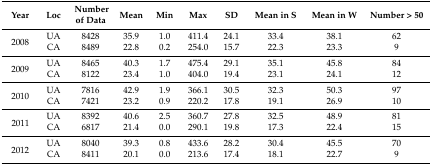
<table><thead><tr><td><b>Year</b></td><td><b>Loc</b></td><td><b>Number of Data</b></td><td><b>Mean</b></td><td><b>Min</b></td><td><b>Max</b></td><td><b>SD</b></td><td><b>Mean in S</b></td><td><b>Mean in W</b></td><td><b>Number &gt; 50</b></td></tr></thead><tbody><tr><td rowspan="2">2008</td><td>UA</td><td>8428</td><td>35.9</td><td>1.0</td><td>411.4</td><td>24.1</td><td>33.4</td><td>38.1</td><td>62</td></tr><tr><td>CA</td><td>8489</td><td>22.8</td><td>0.2</td><td>254.0</td><td>15.7</td><td>22.3</td><td>23.3</td><td>9</td></tr><tr><td rowspan="2">2009</td><td>UA</td><td>8465</td><td>40.3</td><td>1.7</td><td>475.4</td><td>29.1</td><td>35.1</td><td>45.8</td><td>84</td></tr><tr><td>CA</td><td>8122</td><td>23.4</td><td>1.0</td><td>404.0</td><td>19.4</td><td>23.1</td><td>24.1</td><td>12</td></tr><tr><td rowspan="2">2010</td><td>UA</td><td>7816</td><td>42.9</td><td>1.9</td><td>366.1</td><td>30.5</td><td>32.3</td><td>50.3</td><td>97</td></tr><tr><td>CA</td><td>7421</td><td>23.2</td><td>0.9</td><td>220.2</td><td>17.8</td><td>19.1</td><td>26.9</td><td>10</td></tr><tr><td rowspan="2">2011</td><td>UA</td><td>8392</td><td>40.6</td><td>2.5</td><td>360.7</td><td>27.8</td><td>32.5</td><td>48.9</td><td>81</td></tr><tr><td>CA</td><td>6817</td><td>21.4</td><td>0.0</td><td>290.1</td><td>19.8</td><td>17.3</td><td>22.4</td><td>15</td></tr><tr><td rowspan="2">2012</td><td>UA</td><td>8040</td><td>39.3</td><td>0.8</td><td>433.6</td><td>28.2</td><td>30.4</td><td>45.5</td><td>70</td></tr><tr><td>CA</td><td>8411</td><td>20.1</td><td>0.0</td><td>213.6</td><td>17.4</td><td>18.1</td><td>22.7</td><td>9</td></tr></tbody></table>